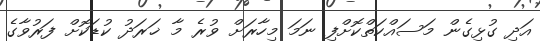
އަދި ގުޅިގެން މަސައްކަތްކޮށްފި ނަމަ މިހާރަށް ވުރެ މާ ޚަރަދު ކުޑަކޮށް ފަރުވާގެ